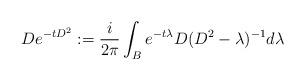
LaTeX: \begin{align*}D e^{-t D^2} := \frac{i}{2 \pi}\int_B e^{-t \lambda} D (D^2 - \lambda)^{-1} d \lambda\end{align*}